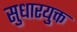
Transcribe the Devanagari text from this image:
सुधारयुक्त